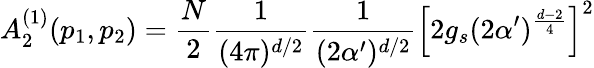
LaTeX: A_{2}^{(1)}(p_{1},p_{2})=\frac{N}{2}\frac{1}{(4\pi)^{d/2}}\frac{1}{(2\alpha^{\prime})^{d/2}}\left[2g_{s}(2\alpha^{\prime})^{\frac{d-2}{4}}\right]^{2}